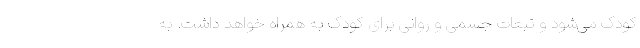
کودک می‌شود و تبعات جسمی و روانی برای کودک به همراه خواهد داشت. به